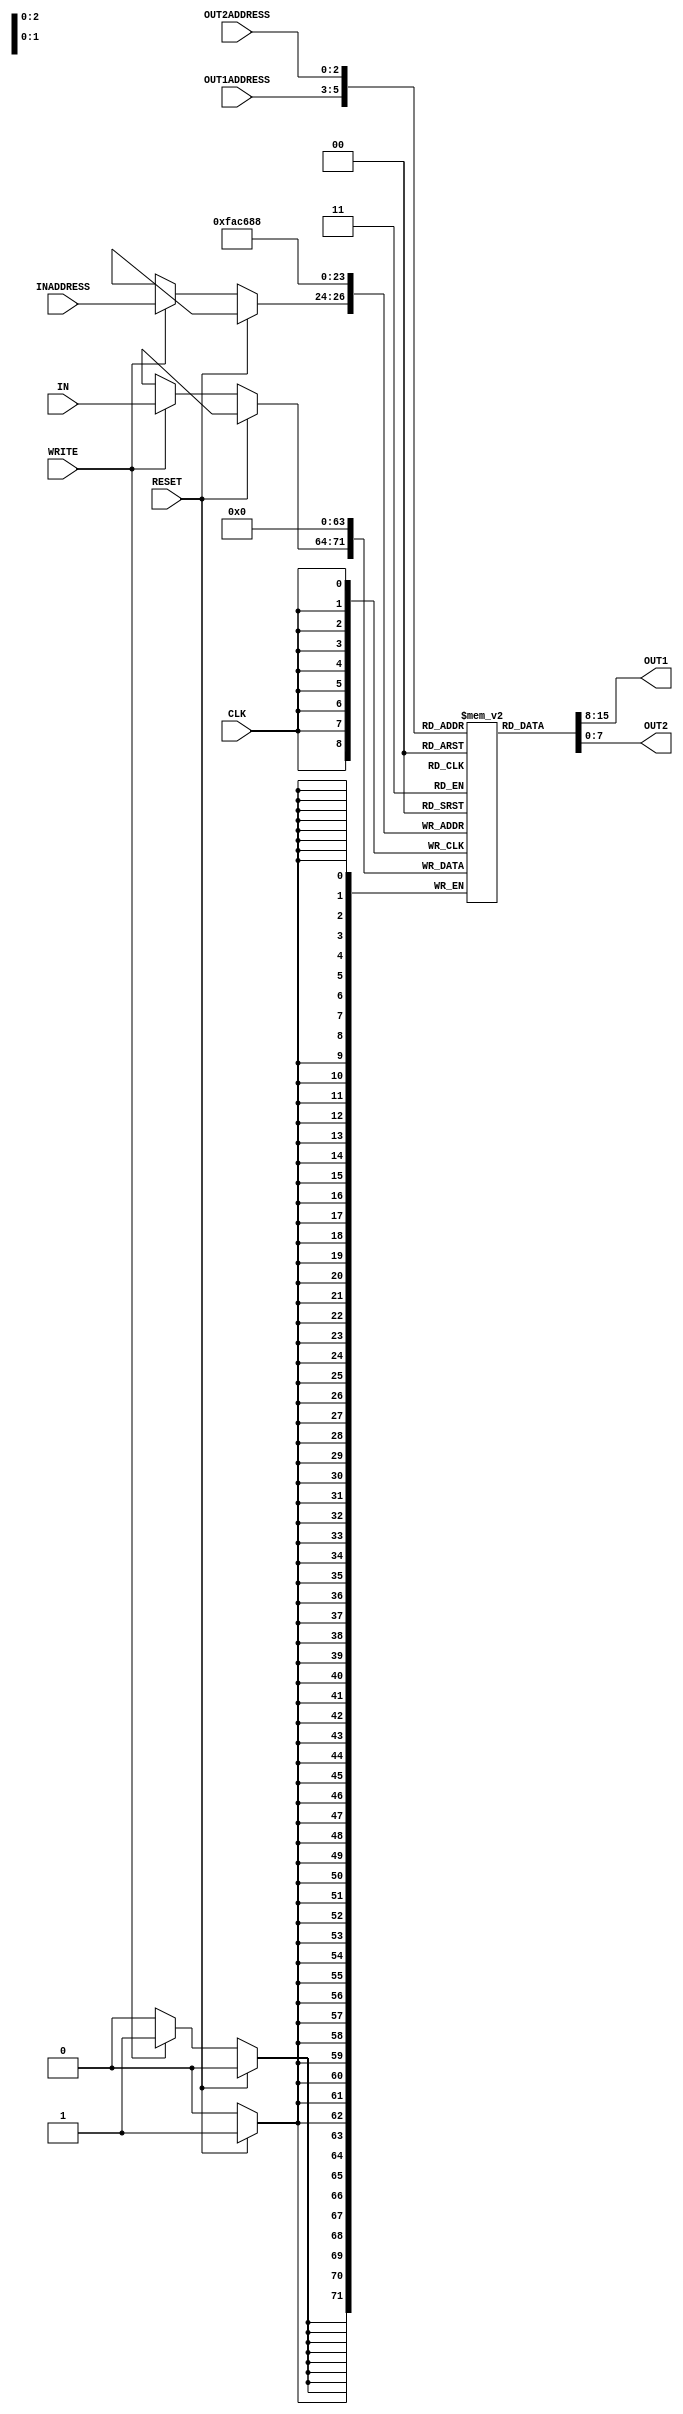
/*
    Lab05-Building A Simple Processor Part 2
    Group-26 (E/18/245,E/18/017)
*/

/********Register File********/

module reg_file(IN,OUT1,OUT2,INADDRESS,OUT1ADDRESS,OUT2ADDRESS,WRITE,CLK,RESET);
    input [7:0] IN; //8 bit Data Input
    input [2:0] INADDRESS,OUT1ADDRESS,OUT2ADDRESS;// 3 bit WRITEREG
    input CLK,WRITE,RESET;
    output [7:0] OUT1,OUT2; //8 bit data out1, 8 bit data out2

    reg[7:0] registers[0:7];// 8 Registers of 8 bits : 8x8 REGISTER FILE

    //Read operation should be done asynchronously
    //Data is sent out parallelly
    assign #2 OUT1=registers[OUT1ADDRESS];//Register Read Delay is 2 , Retrieve data from register numbers specified by OUT1ADDRESS
    assign #2 OUT2=registers[OUT2ADDRESS];//Register Read Delay is 2 , Retrieve data from register numbers specified by OUT2ADDRESS

    integer i;
    always @(posedge CLK) begin
        //Reset should happen synchronously at positive edge of clock if RESET is high
        if(RESET)begin
            #1//reset delay: 1 time unit
            for(i=0;i<8;i=i+1)begin
                registers[i]<=0;//reset all register values to 0
            end
        end
        else begin
            //writing to reg file is done synchronously 
            if(WRITE)begin
                #1 registers[INADDRESS]<=IN;//Store the data input with INADDRESS providing the register number to store that data in.1 time unit delay for writing operation
            end
        end
    end
endmodule